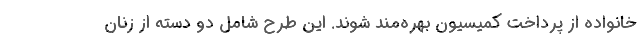
خانواده از پرداخت کمیسیون بهره‌مند شوند. این طرح شامل دو دسته از زنان